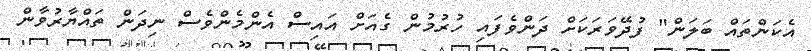
އެކަންތައް ބަލަން" ފުދޭވަރަކަށް ދަންވެފައި ހުރުމުން ގެއަށް އައިސް އެންމެންވެސް ނިދަން ތައްޔާރުވާން